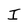
Character: I